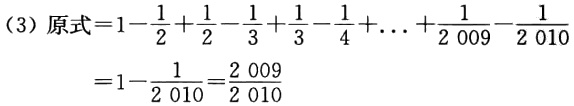
(3) 原式\(=1 - \frac{1}{2} + \frac{1}{2} - \frac{1}{3} + \frac{1}{3} - \frac{1}{4} + \ldots + \frac{1}{2009} - \frac{1}{2010}\)
\(=1 - \frac{1}{2010}=\frac{2009}{2010}\)